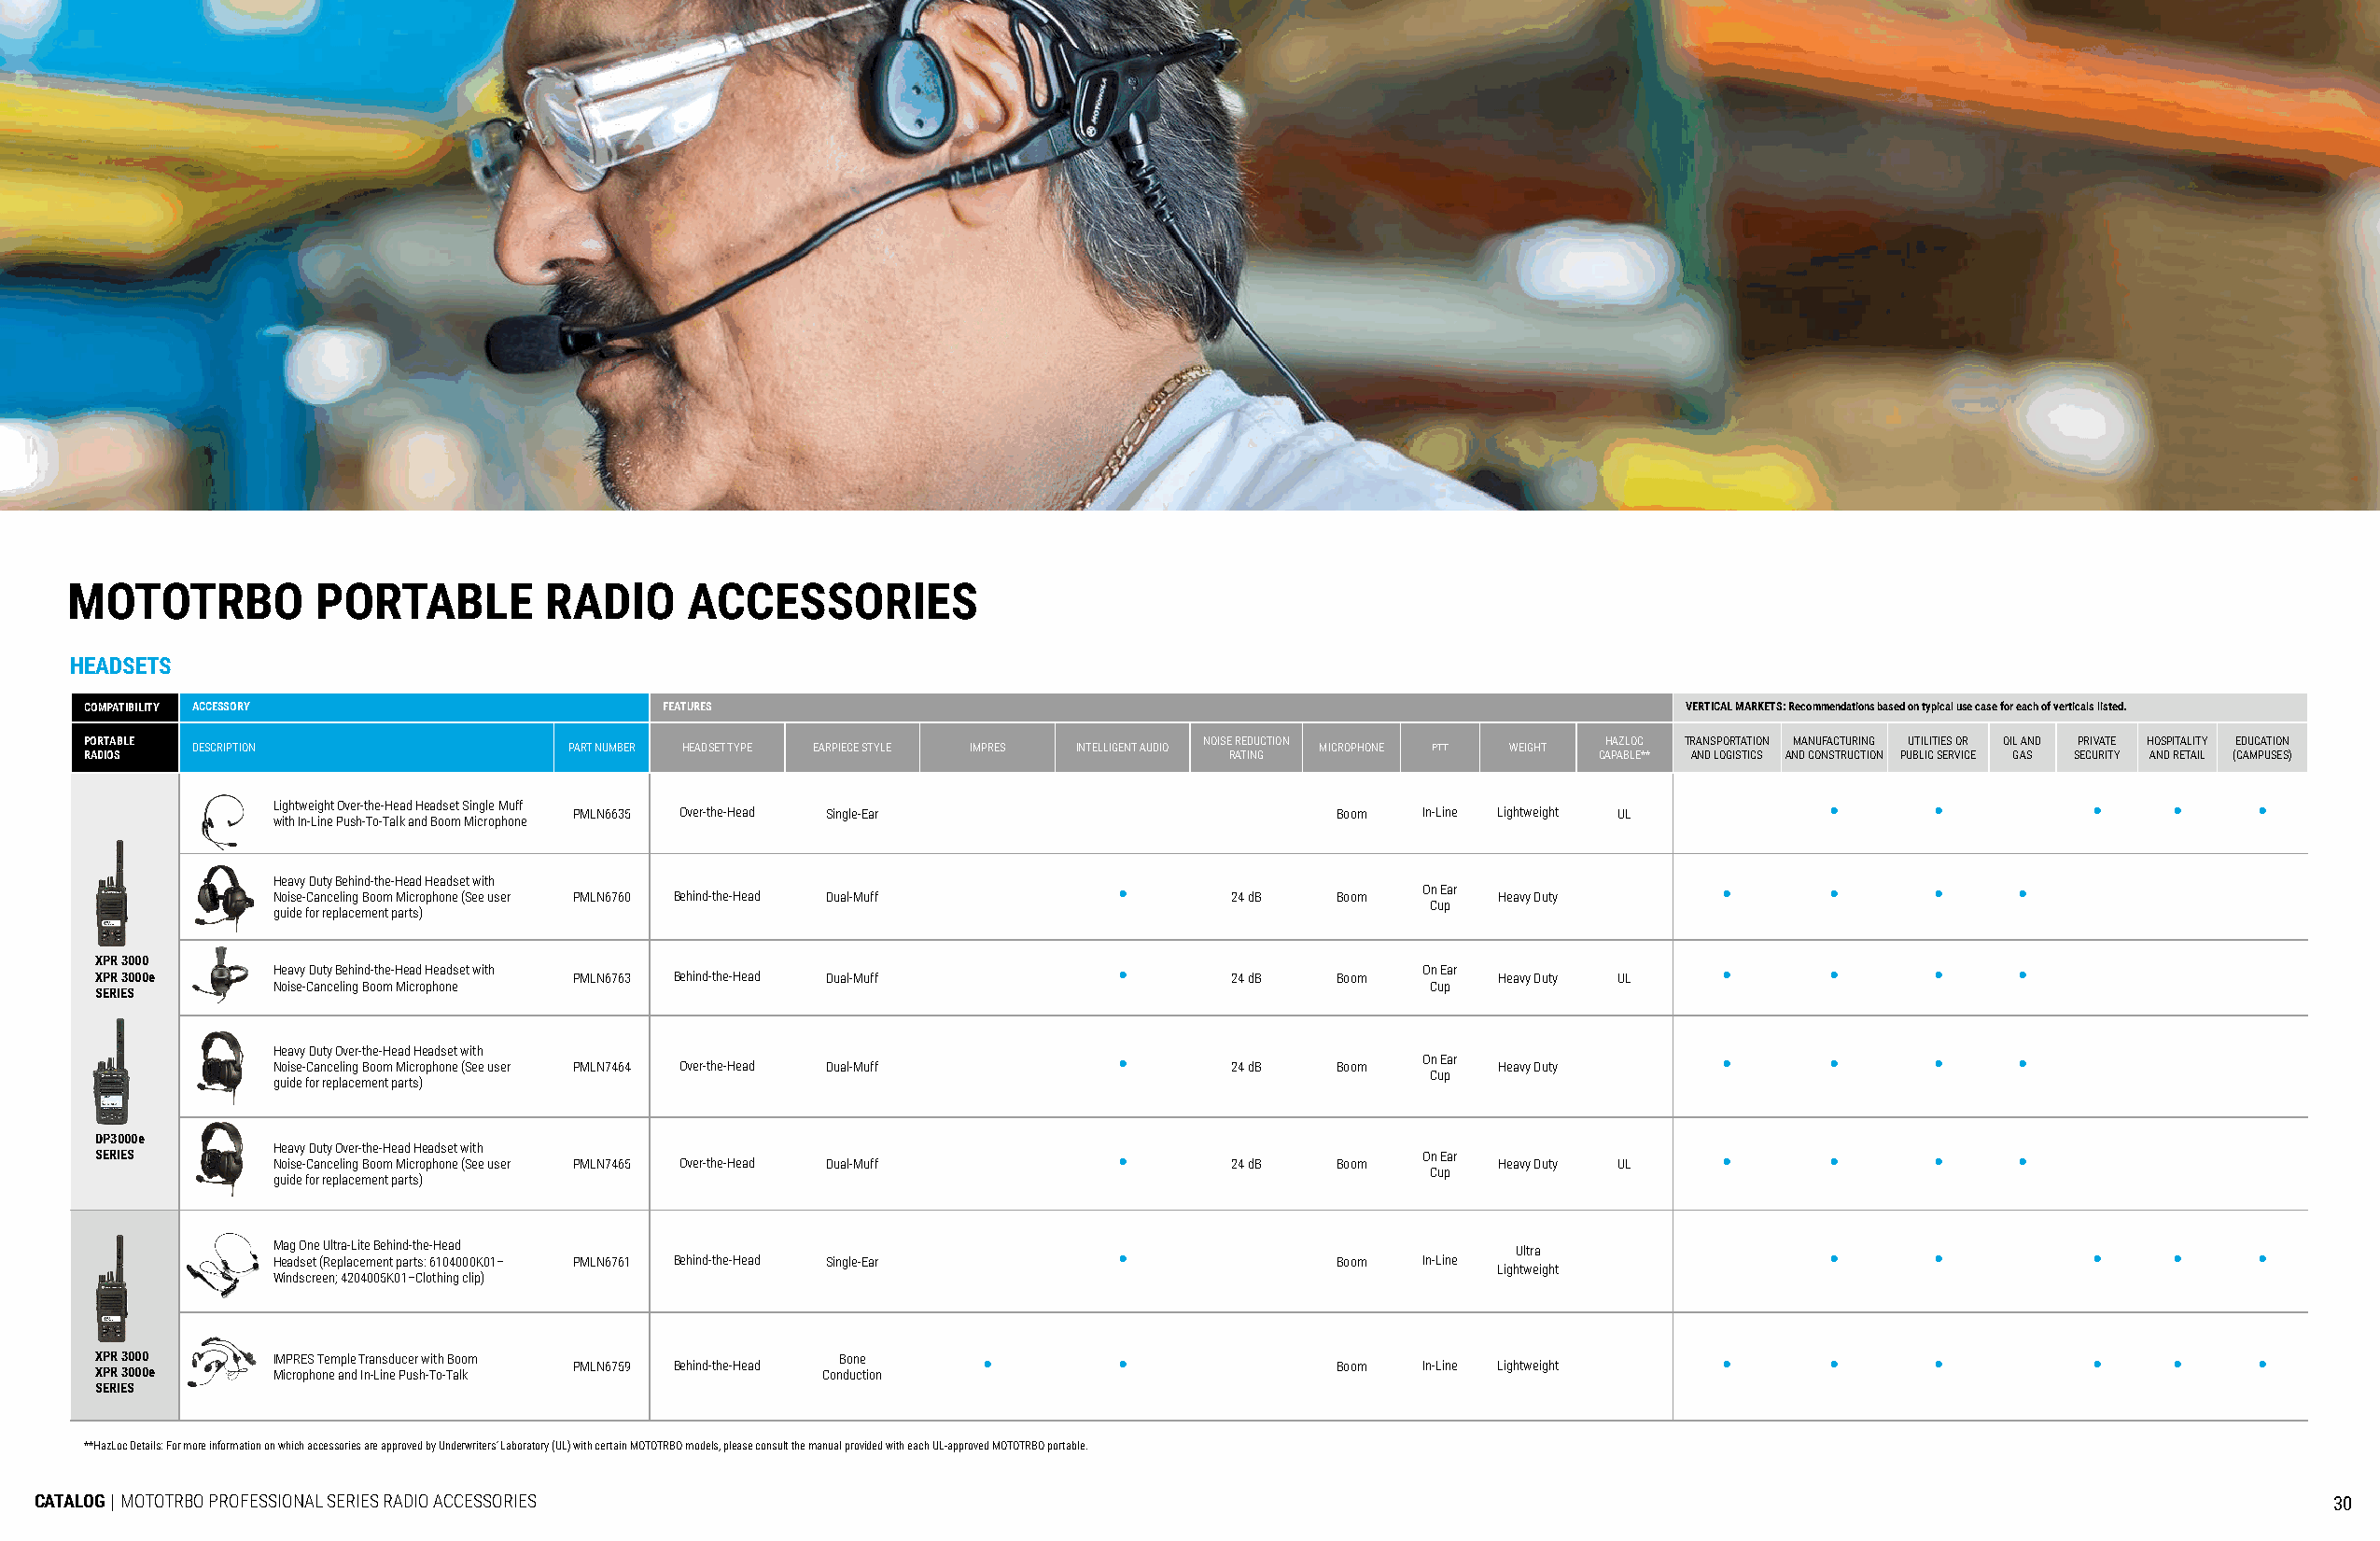
MOTOTRBO         PORTABLE         RADIO     ACCESSORIES
 HEADSETS
 COMPATIBILITY ACCESSORY                  FEATURES                                                                 VERTICAL MARKETS: Recommendations based on typical use case for each of verticals listed.
 PORTABLE                                                                       NOISE REDUCTION              HAZLOC TRANSPORTATION MANUFACTURING UTILITIES OR OIL AND PRIVATE HOSPITALITY EDUCATION
 DESCRIPTION               PART NUMBER HEADSET TYPE EARPIECE STYLE IMPRES INTELLIGENT AUDIO MICROPHONE PTT WEIGHT
 RADIOS                                                                           RATING                    CAPABLE** AND LOGISTICS AND CONSTRUCTION PUBLIC SERVICE GAS SECURITY AND RETAIL (CAMPUSES)
 Lightweight Over-the-Head Headset Single Muff                                                                  •      •          •     •     •
 PMLN6635 Over-the-Head Single-Ear                     Boom  In-Line Lightweight UL
 with In-Line Push-To-Talk and Boom Microphone
 Heavy Duty Behind-the-Head Headset with
 •                     On Ear               •       •      •     •
 Noise-Canceling Boom Microphone (See user PMLN6760 Behind-the-Head Dual-Muff 24 dB Boom Heavy Duty
 Cup
 guide for replacement parts)
 XPR 3000
 Heavy Duty Behind-the-Head Headset with                     •                     On Ear               •       •      •     •
 XPR 3000e                         PMLN6763 Behind-the-Head Dual-Muff            24 dB   Boom       Heavy Duty UL
 Noise-Canceling Boom Microphone                                                   Cup
 SERIES
 Heavy Duty Over-the-Head Headset with
 •                     On Ear               •       •      •     •
 Noise-Canceling Boom Microphone (See user PMLN7464 Over-the-Head Dual-Muff 24 dB Boom  Heavy Duty
 Cup
 guide for replacement parts)
 DP3000e
 Heavy Duty Over-the-Head Headset with
 SERIES                                                                  •                     On Ear               •       •      •     •
 Noise-Canceling Boom Microphone (See user PMLN7465 Over-the-Head Dual-Muff 24 dB Boom  Heavy Duty UL
 Cup
 guide for replacement parts)
 Mag One Ultra-Lite Behind-the-Head                          •                            Ultra                 •      •          •     •     •
 Headset (Replacement parts: 6104000K01– PMLN6761 Behind-the-Head Single-Ear Boom  In-Line
 Lightweight
 Windscreen; 4204005K01–Clothing clip)
 XPR 3000    IMPRES Temple Transducer with Boom       Bone      •        •                                          •       •      •          •     •     •
 XPR 3000e   Microphone and In-Line Push-To-Talk PMLN6759 Behind-the-Head Conduction     Boom  In-Line Lightweight
 SERIES
 **HazLoc Details: For more information on which accessories are approved by Underwriters’ Laboratory (UL) with certain MOTOTRBO models, please consult the manual provided with each UL-approved MOTOTRBO portable.
 CATALOG | MOTOTRBO PROFESSIONAL SERIES RADIO ACCESSORIES                                                                                                            30